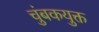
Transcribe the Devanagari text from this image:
चुंबकयुक्त